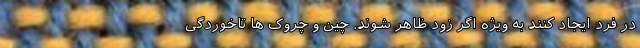
در فرد ایجاد کنند به ویژه اگر زود ظاهر شوند. چین و چروک ها تاخوردگی